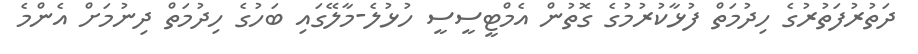
ދަތުރުފަތުރުގެ ހިދުމަތް ފުޅާކުރުމުގެ ގޮތުން އެމްޓީސީސީ ހުޅުލެ-މާލޭގައި ބަހުގެ ހިދުމަތް ދިނުމަށް އެންމެ